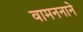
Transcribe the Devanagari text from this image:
वामननाने